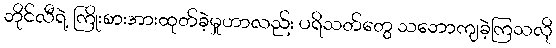
ဘိုင်လီရဲ့ ကြိုးစားအားထုတ်ခဲ့မှုဟာလည်း ပရိသတ်တွေ သဘောကျခဲ့ကြသလို